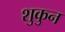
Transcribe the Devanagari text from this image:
शुकुन